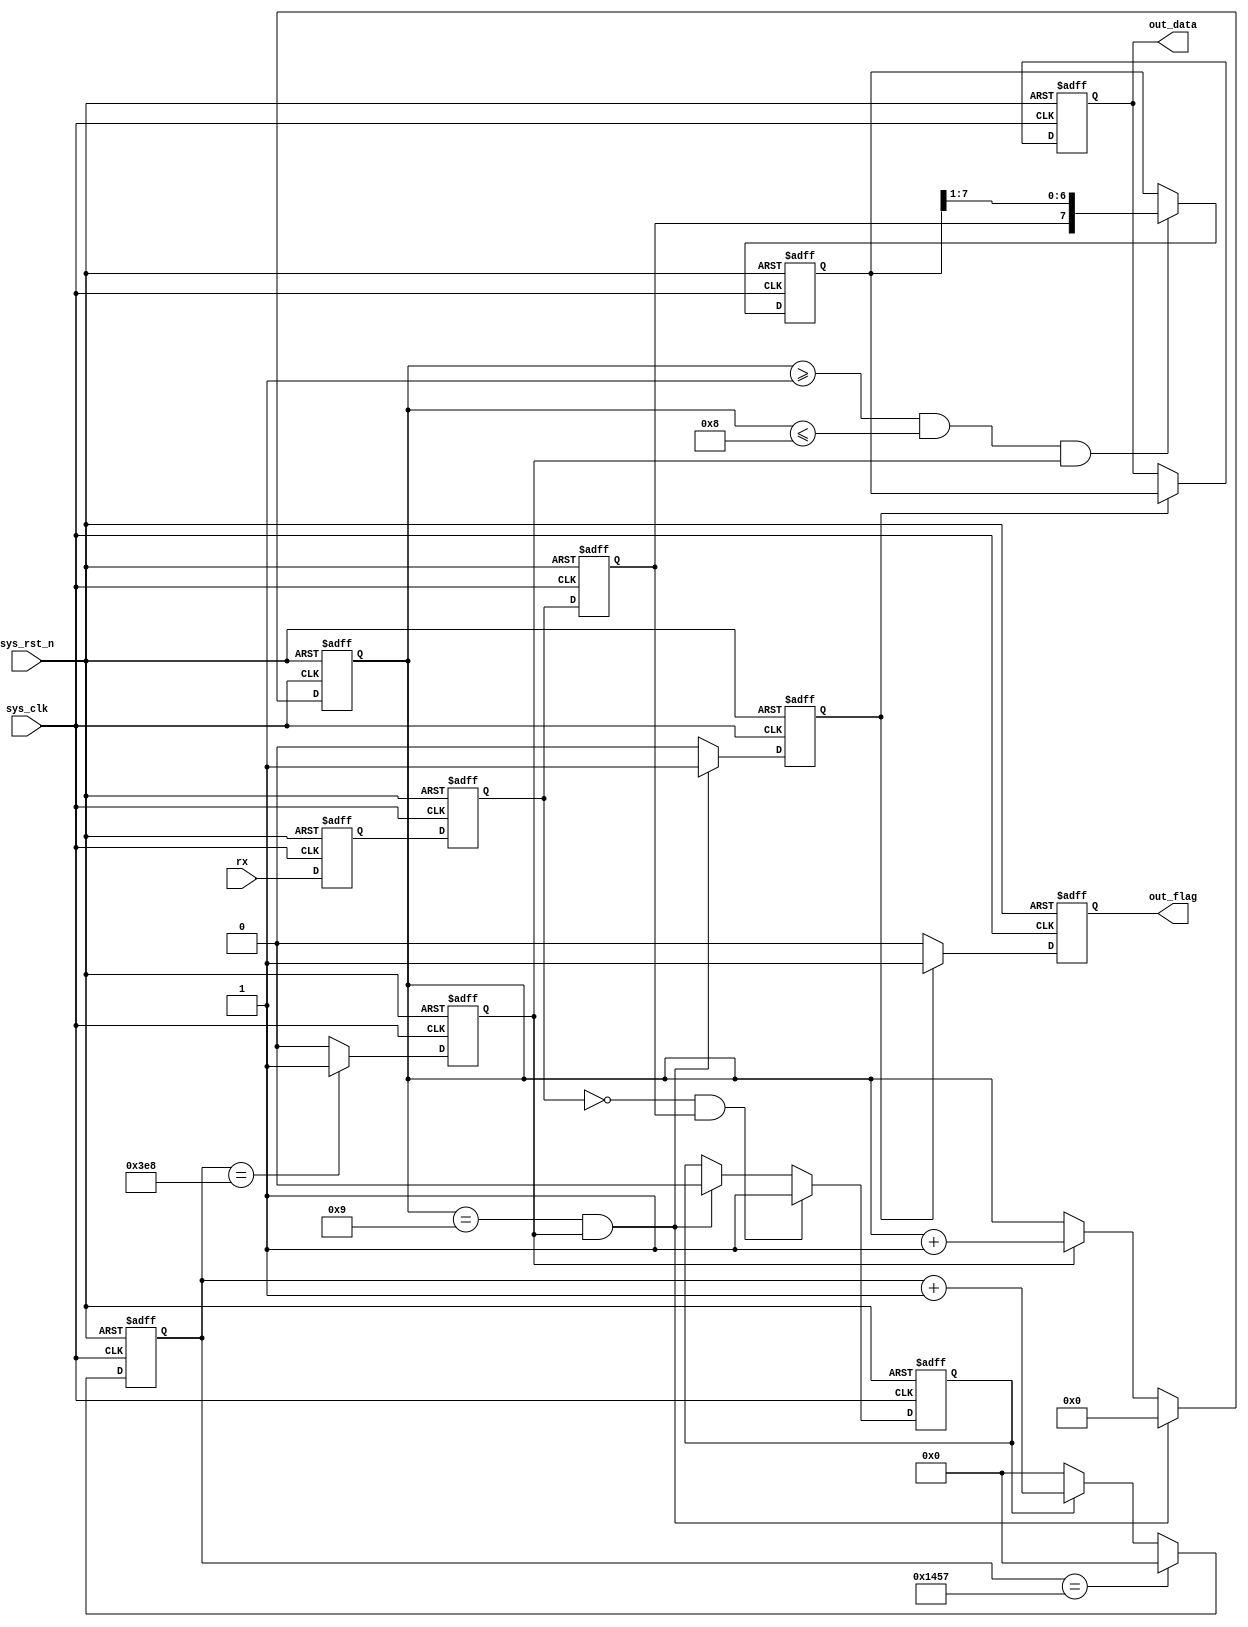
module uart_rx(

input wire sys_clk,
input wire sys_rst_n,
input wire rx,

output reg [7:0]out_data,
output reg out_flag

);

reg rx1;
reg rx2;
reg rx3;
wire rx_start_flag;
reg rx_en;
reg [12:0]rx_baud_cnt;
reg rx_bit_flag;
reg [3:0]rx_bit_cnt;
reg [7:0]data;
reg rx_end_flag;





always @(posedge sys_clk or negedge sys_rst_n)
			if(sys_rst_n == 1'b0)
				rx1 <= 1'b0;
			else
				rx1 <= rx;
				
always @(posedge sys_clk or negedge sys_rst_n)
			if(sys_rst_n == 1'b0)
				rx2 <= 1'b0;
			else
				rx2 <= rx1;
				
always @(posedge sys_clk or negedge sys_rst_n)
			if(sys_rst_n == 1'b0)
				rx3 <= 1'b0;
			else
				rx3 <= rx2;

assign rx_start_flag = ~rx2 & rx3;


always @(posedge sys_clk or negedge sys_rst_n)
			if(sys_rst_n == 1'b0)
				rx_en <= 1'b0;
			else if(rx_start_flag == 1'b1)
				rx_en <= 1'b1;
			else if(rx_bit_cnt == 4'd9 && rx_bit_flag == 1'b1)
				rx_en <= 1'b0;
			else
				rx_en <= rx_en;

always @(posedge sys_clk or negedge sys_rst_n)
			if(sys_rst_n == 1'b0)
				rx_baud_cnt <= 13'd0;
			else if(rx_baud_cnt == 13'd5207)
				rx_baud_cnt <= 13'd0;
			else if(rx_en == 1'b1)
				rx_baud_cnt <= rx_baud_cnt + 13'd1;
			else
				rx_baud_cnt <= 13'd0;
			
always @(posedge sys_clk or negedge sys_rst_n)
			if(sys_rst_n == 1'b0)
				rx_bit_flag <= 1'b0;
			else if(rx_baud_cnt == 13'd1000)
				rx_bit_flag <= 1'b1;
			else 
				rx_bit_flag <= 1'b0;

always @(posedge sys_clk or negedge sys_rst_n)
			if(sys_rst_n == 1'b0)
				rx_bit_cnt <= 4'd0;
			else if(rx_bit_cnt == 4'd9 && rx_bit_flag == 1'b1)
				rx_bit_cnt <= 4'd0;
			else if(rx_bit_flag == 1'b1)
				rx_bit_cnt <= rx_bit_cnt + 4'd1;
			else
				rx_bit_cnt <= rx_bit_cnt;

				
always @(posedge sys_clk or negedge sys_rst_n)
			if(sys_rst_n == 1'b0)
				data <= 8'd0;
			else if((rx_bit_cnt >= 4'd1 && rx_bit_cnt <= 4'd8) && rx_bit_flag == 1'b1)
				data <= {rx3,data[7:1]};
				
				
			
				
			
			
			
	
always @(posedge sys_clk or negedge sys_rst_n)
			if(sys_rst_n == 1'b0)	
				rx_end_flag <= 1'b0;
			else if(rx_bit_cnt == 4'd9 && rx_bit_flag == 1'b1)
				rx_end_flag <= 1'b1;
			else
				rx_end_flag <= 1'b0;
			
always @(posedge sys_clk or negedge sys_rst_n)
			if(sys_rst_n == 1'b0)
				out_data <= 8'd0;
			else if(rx_end_flag == 1'b1)
				out_data <= data;
			else
				out_data <= out_data;
			
			
always @(posedge sys_clk or negedge sys_rst_n)
			if(sys_rst_n == 1'b0)
				out_flag <= 1'b0;
			else if(rx_end_flag == 1'b1)
				out_flag <= 1'b1;
			else
				out_flag <= 1'b0;

endmodule